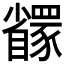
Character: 𬥇